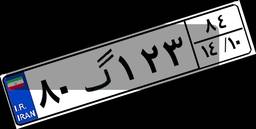
۳۴گ۹۲۱۲۰